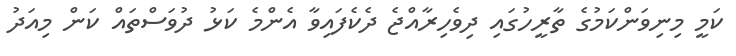
ކަމީ މިނިވަންކަމުގެ ތާރީހުގައި ދިވެހިރާއްޖެ ދެކެފައިވާ އެންމެ ކަޅު ދުވަސްތައް ކަން މިއަދު